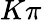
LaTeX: K\pi